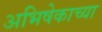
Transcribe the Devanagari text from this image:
अभिषेकाच्या